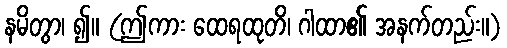
နမိတွာ၊ ၍။ (ဤကား ထေရထုတိ၊ ဂါထာ၏ အနက်တည်း။)